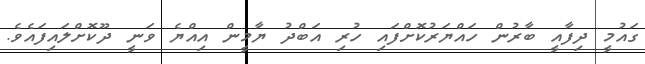
ގައުމީ ދިފާއީ ބާރުން ހައްޔަރުކޮށްފައި ހުރި އަބްދު ޔާމީން އިއްޔެ ވަނީ ދޫކޮށްލައިފައެވެ.